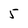
Character: 5